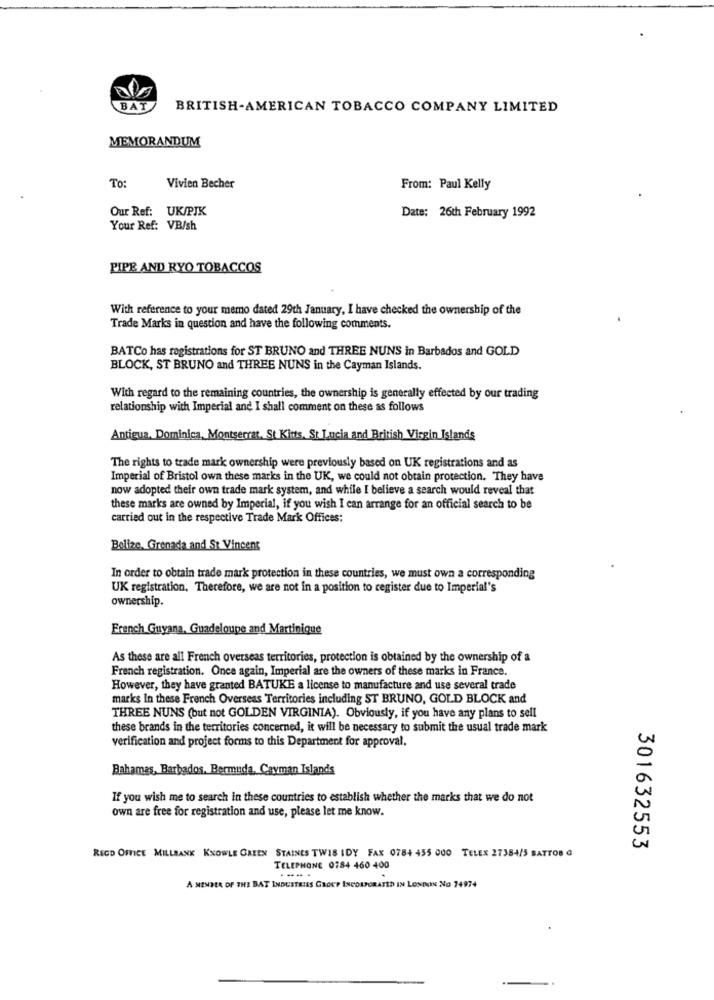
BAT
BRITISH-AMERICAN TOBACCO COMPANY LIMITED
MEMORANDUM
To:
Vivien Becher
From: Paul Kelly
Our Ref: UK/PJK
Date: 26th February 1992
Your Ref: VB/sh
PIPE AND RYO TOBACCOS
With reference to your memo dated 29th January, I have checked the ownership of the
Trade Marks in question and have the following comments.
BATCo has registrations for ST BRUNO and THREE NUNS in Barbados and GOLD
BLOCK, ST BRUNO and THREE NUNS in the Cayman Islands.
With regard to the remaining countries, the ownership is generally effected by our trading
relationship with Imperial and I shall comment on these as follows
Antigua, Dominica, Montserrat. St Kitts, St Lucia and British Virgin Islands
The rights to trade mark ownership were previously based on UK registrations and as
Imperial of Bristol own these marks in the UK, we could not obtain protection. They have
now adopted their own trade mark system, and while I believe a search would reveal that
these marks are owned by Imperial, if you wish I can arrange for an official search to be
carried out in the respective Trade Mark Offices:
Belize, Grenada and St Vincent
In order to obtain trade mark protection in these countries, we must own a corresponding
UK registration, Therefore, we are not in a position to register due to Imperial's
ownership.
French Guyana, Guadeloupe and Martinique
As these are all French overseas territories, protection is obtained by the ownership of a
French registration. Once again, Imperial are the owners of these marks in France.
However, they have granted BATUKE a license to manufacture and use several trade
marks In these French Overseas Territories including ST BRUNO, GOLD BLOCK and
THREE NUNS (but not GOLDEN VIRGINIA). Obviously, if you have any plans to sell
these brands in the territories concerned, it will be necessary to submit the usual trade mark
verification and project forms to this Department for approval.
Bahamas, Barbados, Bermuda, Cayman Islands
If you wish me to search in these countries to establish whether the marks that we do not
own are free for registration and use, please let me know.
301632553
REGD OFFICE MILLBANK KNOWLE GREEN STAINES TWIS IDY FAX 0784 455 000 TELEX 27384/5 BATTOB G
TELEPHONE 0784 460 400
----- .
A MEMBER OF THE BAT INDUSTRIES GROUP INCORPORATED IN LONDON No 74974